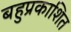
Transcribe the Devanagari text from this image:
बहुप्रकाशित